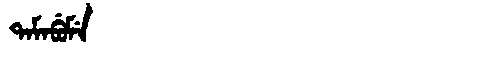
Manchu: ᡨᠠᠮᠠᠪᡠᠮᡝ
Romanization: TAMABUME